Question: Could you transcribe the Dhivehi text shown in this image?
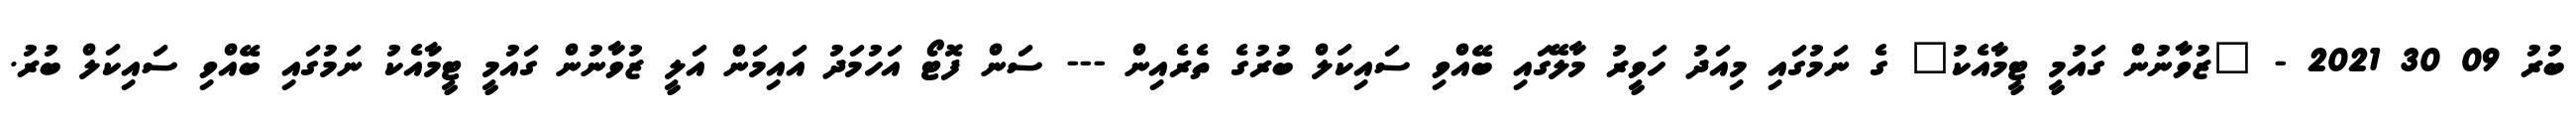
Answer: ބުރު 09 30 2021 - "ޒުވާނުން ގައުމީ ޓީމާއެކު" ގެ ނަމުގައި މިއަދު ހަވީރު މާލޭގައި ބޭއްވި ސައިކަލް ބުރުގެ ތެރެއިން --- ސަން ފޮޓޯ އަހުމަދު އައިމަން އަލީ ޒުވާނުން ގައުމީ ޓީމާއެކު ނަމުގައި ބޭއްވި ސައިކަލް ބުރު.